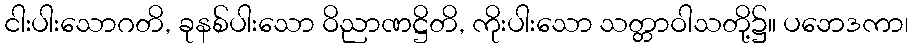
ငါးပါးသောဂတိ, ခုနစ်ပါးသော ဝိညာဏဋ္ဌိတိ, ကိုးပါးသော သတ္တာဝါသတို့၌။ ပဘေဒကာ၊